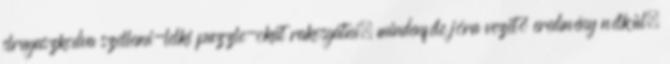
elrugaszkodva szellemi-lelki puzzle-okat rakosgatni, mindenféle jóra vezető eredmény nélkül.